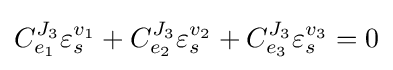
C_{e_{1}}^{J_{3}}\varepsilon _{s}^{v_{1}}+C_{e_{2}}^{J_{3}}\varepsilon _{s}^{v_{2}}+C_{e_{3}}^{J_{3}}\varepsilon _{s}^{v_{3}}=0